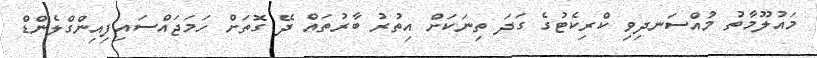
މައުލޫމާތު މުއްސަނދިވި ކްރިކެޓުގެ ގަދަ ތިނަކަށް އިތުރު ބާރުތައް ދޭ ގޮތަށް ހަމަޖައްސައިފިއިންގްލެންޑް